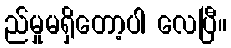
ည်မှုမရှိတော့ပါ လေပြီ။